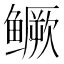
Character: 鳜